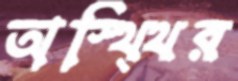
অস্থ্থির